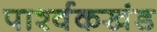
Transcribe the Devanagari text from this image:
पार्श्वकखंड